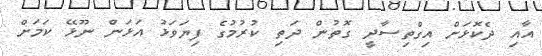
އާއި ދެކޮޅަށް އިގްތިސާދީ ގޮތުން ދަތި ކުރުމުގެ ފިޔަވަޅު އަޅަން ނޫޅޭ ކަމަށް